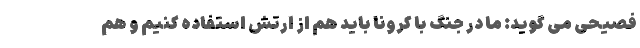
فصیحی می گوید: ما در جنگ با کرونا باید هم از ارتش استفاده کنیم و هم